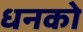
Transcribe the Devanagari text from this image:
धनको